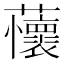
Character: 蘹